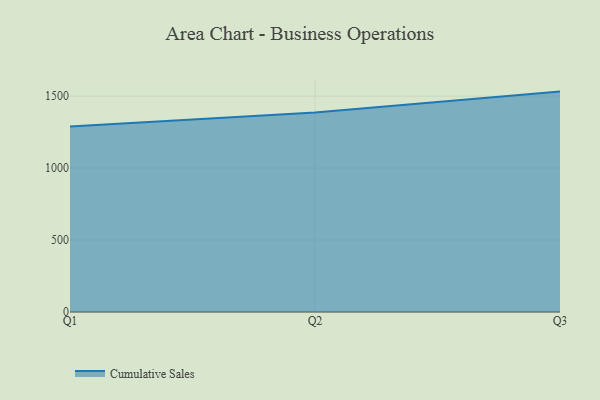
{"axis": {"x": "Quarter", "y": "Production Output"}, "legend": ["Cumulative Sales"], "data": [{"x": "Q1", "y": 1288.1, "type": "Cumulative Sales"}, {"x": "Q2", "y": 1386.7, "type": "Cumulative Sales"}, {"x": "Q3", "y": 1531.3, "type": "Cumulative Sales"}]}